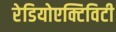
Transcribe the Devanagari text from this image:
रेडियोएक्टिविटी